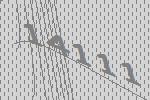
14111